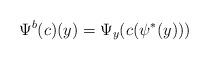
LaTeX: \begin{align*}\Psi^b(c)(y) = \Psi_{y} (c(\psi^*(y)))\end{align*}